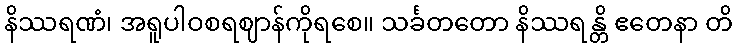
နိဿရဏံ၊ အရူပါဝစရဈာန်ကိုရစေ။ သင်္ခတတော နိဿရန္တိ ဧတေနာ တိ